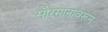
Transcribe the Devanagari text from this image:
सौरमानावरून